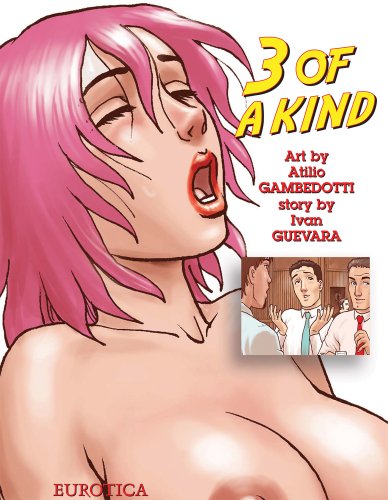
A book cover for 3 of a Kind; Ivan Guevara; Comics & Graphic Novels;